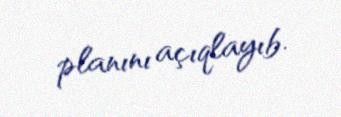
planını açıqlayıb.